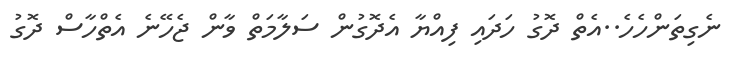
ނެގިތަންހެހެ..އެތް ދޮގު ހަދައި ފިއްޔާ އެދޮގުން ސަލާމަތް ވާން ޖެހޭނެ އެތްހާސް ދޮގު